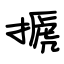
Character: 搋